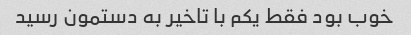
خوب بود فقط یکم با تاخیر به دستمون رسید